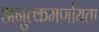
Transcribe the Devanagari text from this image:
अनुत्कमर्णायता